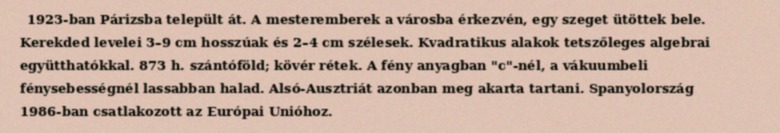
1923-ban Párizsba települt át. A mesteremberek a városba érkezvén, egy szeget ütöttek bele. Kerekded levelei 3–9 cm hosszúak és 2–4 cm szélesek. Kvadratikus alakok tetszőleges algebrai együtthatókkal. 873 h. szántóföld; kövér rétek. A fény anyagban "c"-nél, a vákuumbeli fénysebességnél lassabban halad. Alsó-Ausztriát azonban meg akarta tartani. Spanyolország 1986-ban csatlakozott az Európai Unióhoz.